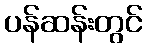
ပန်ဆန်းတွင်